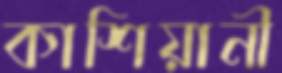
কাশিয়ানী